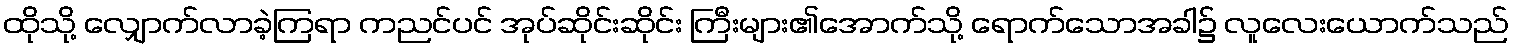
ထိုသို့ လျှောက်လာခဲ့ကြရာ ကညင်ပင် အုပ်ဆိုင်းဆိုင်း ကြီးများ၏အောက်သို့ ရောက်သောအခါ၌ လူလေးယောက်သည်